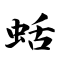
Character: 蛞